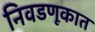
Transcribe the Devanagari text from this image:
निवडणूकात